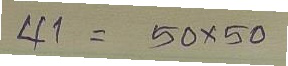
41 = 50x50